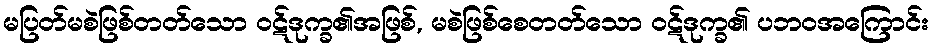
မပြတ်မစဲဖြစ်တတ်သော ဝဋ်ဒုက္ခ၏အဖြစ်, မစဲဖြစ်စေတတ်သော ဝဋ်ဒုက္ခ၏ ပဘဝအကြောင်း